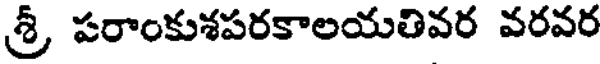
శ్రీ, పరాంకుశపరకాలయతివర వరవర